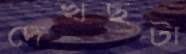
দেখছটা